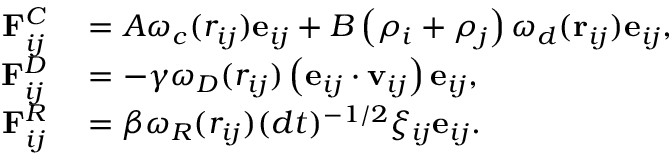
\begin{array} { r l } { \mathbf { F } _ { i j } ^ { C } } & { { } = A \omega _ { c } ( r _ { i j } ) \mathbf { e } _ { i j } + B \left( \rho _ { i } + \rho _ { j } \right) \omega _ { d } ( \mathbf { r } _ { i j } ) \mathbf { e } _ { i j } , } \\ { \mathbf { F } _ { i j } ^ { D } } & { { } = - \gamma \omega _ { D } ( r _ { i j } ) \left( \mathbf { e } _ { i j } \cdot \mathbf { v } _ { i j } \right) \mathbf { e } _ { i j } , } \\ { \mathbf { F } _ { i j } ^ { R } } & { { } = \beta \omega _ { R } ( r _ { i j } ) ( d t ) ^ { - 1 / 2 } \xi _ { i j } \mathbf { e } _ { i j } . } \end{array}